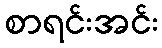
စာရင်းအင်း